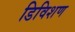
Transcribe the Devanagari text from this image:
डिविशण